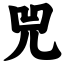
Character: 兕